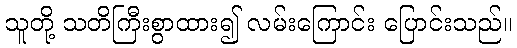
သူတို့ သတိကြီးစွာထား၍ လမ်းကြောင်း ပြောင်းသည်။